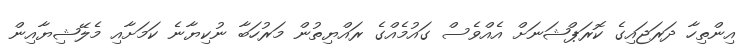
އިންތިހާ ދަރަޖައިގެ ކޮރަޕްޝަނަށް އެއްވެސް ގައުމެއްގެ ރައްޔިތުން މަރުހަބާ ނުކިޔާނެ ކަމަށާއި މެލޭޝިޔާއިން